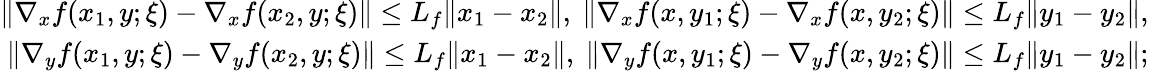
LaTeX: \begin{array}{r}{\| \nabla_{x}f(x_{1},y;\xi)-\nabla_{x}f(x_{2},y;\xi)\| \leq L_{f}\| x_{1}-x_{2}\| ,\ \| \nabla_{x}f(x,y_{1};\xi)-\nabla_{x}f(x,y_{2};\xi)\| \leq L_{f}\| y_{1}-y_{2}\| ,}\\ {\| \nabla_{y}f(x_{1},y;\xi)-\nabla_{y}f(x_{2},y;\xi)\| \leq L_{f}\| x_{1}-x_{2}\| ,\ \| \nabla_{y}f(x,y_{1};\xi)-\nabla_{y}f(x,y_{2};\xi)\| \leq L_{f}\| y_{1}-y_{2}\| ;}\end{array}